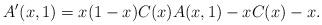
LaTeX: \begin{align*}A'(x,1)=x(1-x)C(x)A(x,1)-xC(x)-x.\end{align*}